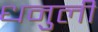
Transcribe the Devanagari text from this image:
धनुली